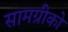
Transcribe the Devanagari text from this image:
सामग्रीको